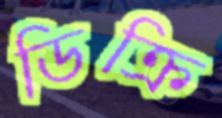
ডিক্রি